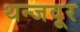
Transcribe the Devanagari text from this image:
थन्जवूर